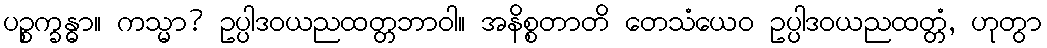
ပဉ္စက္ခန္ဓာ။ ကသ္မာ? ဥပ္ပါဒဝယညထတ္တဘာဝါ။ အနိစ္စတာတိ တေသံယေဝ ဥပ္ပါဒဝယညထတ္တံ, ဟုတွာ